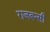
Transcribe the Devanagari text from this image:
राजबन्सी